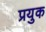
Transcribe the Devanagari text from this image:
प्रयुक